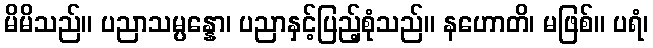
မိမိသည်။ ပညာသမ္ပန္နော၊ ပညာနှင့်ပြည့်စုံသည်။ နဟောတိ၊ မဖြစ်။ ပရံ၊